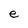
Character: e